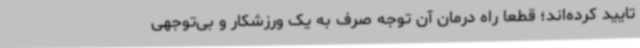
تایید کرده‌اند؛ قطعا راه درمان آن توجه صرف به یک ورزشکار و بی‌توجهی